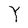
Character: Y